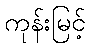
ကုန်းမြင့်